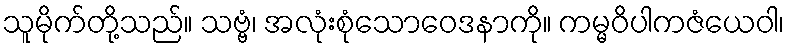
သူမိုက်တို့သည်။ သဗ္ဗံ၊ အလုံးစုံသောဝေဒနာကို။ ကမ္မဝိပါကဇံယေဝါ၊